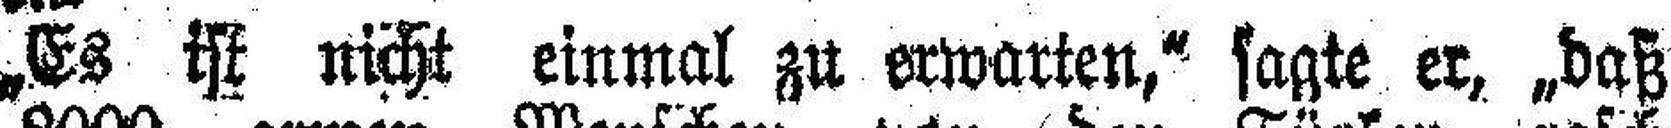
„Es ist nicht einmal zu erwarten,“ sagte er, „daß